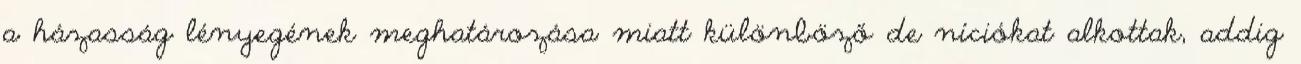
a házasság lényegének meghatározása miatt különböző deﬁníciókat alkottak, addig